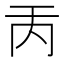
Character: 𠀛